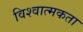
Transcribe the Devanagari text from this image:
विश्वात्मकता